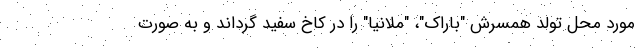
مورد محل تولد همسرش "باراک"، "ملانیا" را در کاخ سفید گرداند و به صورت